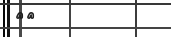
٢٥